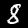
Digit: 8